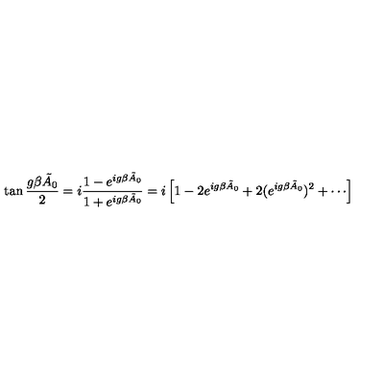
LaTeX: \tan { \frac { g \beta \tilde { A } _ { 0 } } { 2 } } = i { \frac { 1 - e ^ { i g \beta \tilde { A } _ { 0 } } } { 1 + e ^ { i g \beta \tilde { A } _ { 0 } } } } = i \left[ 1 - 2 e ^ { i g \beta \tilde { A } _ { 0 } } + 2 ( e ^ { i g \beta \tilde { A } _ { 0 } } ) ^ { 2 } + \cdots \right]